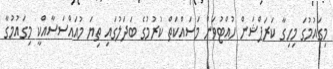
މިގައުމުގަ މިހިގާ ކަރަޕްޝަން ހުއްޓުވަން މަސައްކަތް ކުރުމުގެ ބަދަލުގައި ތިޔަ މުއައްސަސާއްކީ މިގައުމުގާ